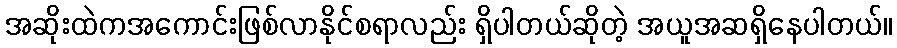
အဆိုးထဲကအကောင်းဖြစ်လာနိုင်စရာလည်း ရှိပါတယ်ဆိုတဲ့ အယူအဆရှိနေပါတယ်။